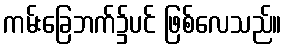
ကမ်းခြေဘက်၌ပင် ဖြစ်လေသည်။